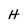
Character: H